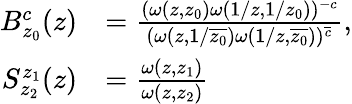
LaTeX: \begin{array}{rl}{B_{z_{0}}^{c}(z)}&{=\frac{(\omega(z,z_{0})\omega(1/z,1/z_{0}))^{-c}}{(\omega(z,1/\overline{{z_{0}}})\omega(1/z,\overline{{z_{0}}}))^{\overline{{c}}}},}\\ {S_{z_{2}}^{z_{1}}(z)}&{=\frac{\omega(z,z_{1})}{\omega(z,z_{2})}}\end{array}